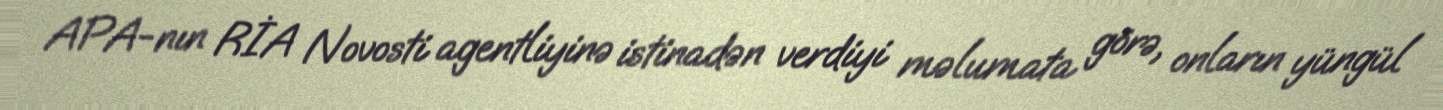
APA-nın RİA Novosti agentliyinə istinadən verdiyi məlumata görə, onların yüngül